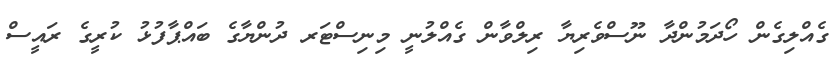
ގެއްލިގެން ހޯދަމުންދާ ނޫސްވެރިޔާ ރިލްވާން ގެއްލުނީ މިނިސްޓަރ ދުންޔާގެ ބައްޕާފުޅު ކުރީގެ ރައީސް